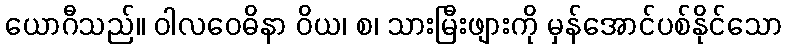
ယောဂီသည်။ ဝါလဝေဓိနာ ဝိယ၊ စ၊ သားမြီးဖျားကို မှန်အောင်ပစ်နိုင်သော